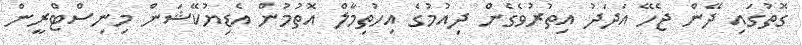
ގޮތުގައި ދޭން ޖެހޭ އަދަދު އިތުރުވެގެން ދިއުމުގެ އިހުތިމާލް އޮތުމުން އެޑިޔުކޭޝަން މިނިސްޓްރީން